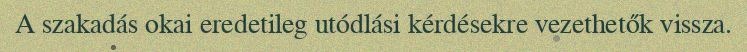
A szakadás okai eredetileg utódlási kérdésekre vezethetők vissza.